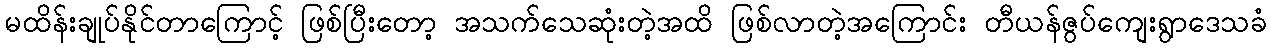
မထိန်းချုပ်နိုင်တာကြောင့် ဖြစ်ပြီးတော့ အသက်သေဆုံးတဲ့အထိ ဖြစ်လာတဲ့အကြောင်း တီယန်ဇွပ်ကျေးရွာဒေသခံ